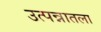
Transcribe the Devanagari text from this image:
उत्पन्नातला